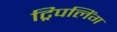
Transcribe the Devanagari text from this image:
ट्रिपलिंग